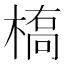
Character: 槗